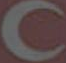
C